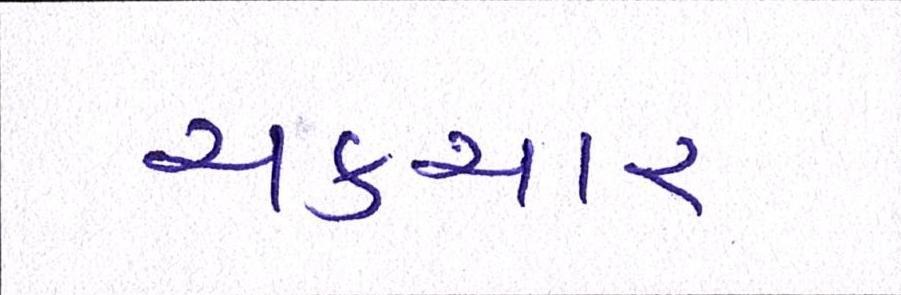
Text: ચકચાર